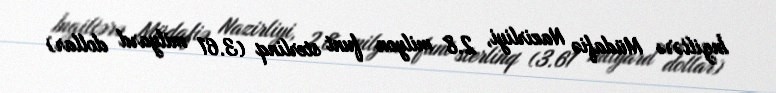
İngiltərə Müdafiə Nazirliyi, 2.8 milyon funt sterlinq (3.61 milyard dollar)